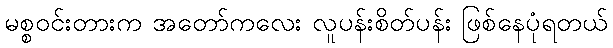
မစ္စဝင်းတားက အတော်ကလေး လူပန်းစိတ်ပန်း ဖြစ်နေပုံရတယ်